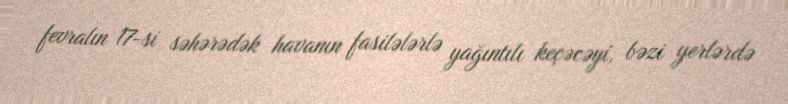
fevralın 17-si səhərədək havanın fasilələrlə yağıntılı keçəcəyi, bəzi yerlərdə